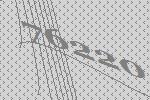
76220